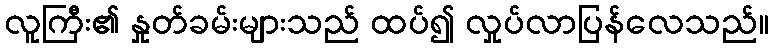
လူကြီး၏ နှုတ်ခမ်းများသည် ထပ်၍ လှုပ်လာပြန်လေသည်။